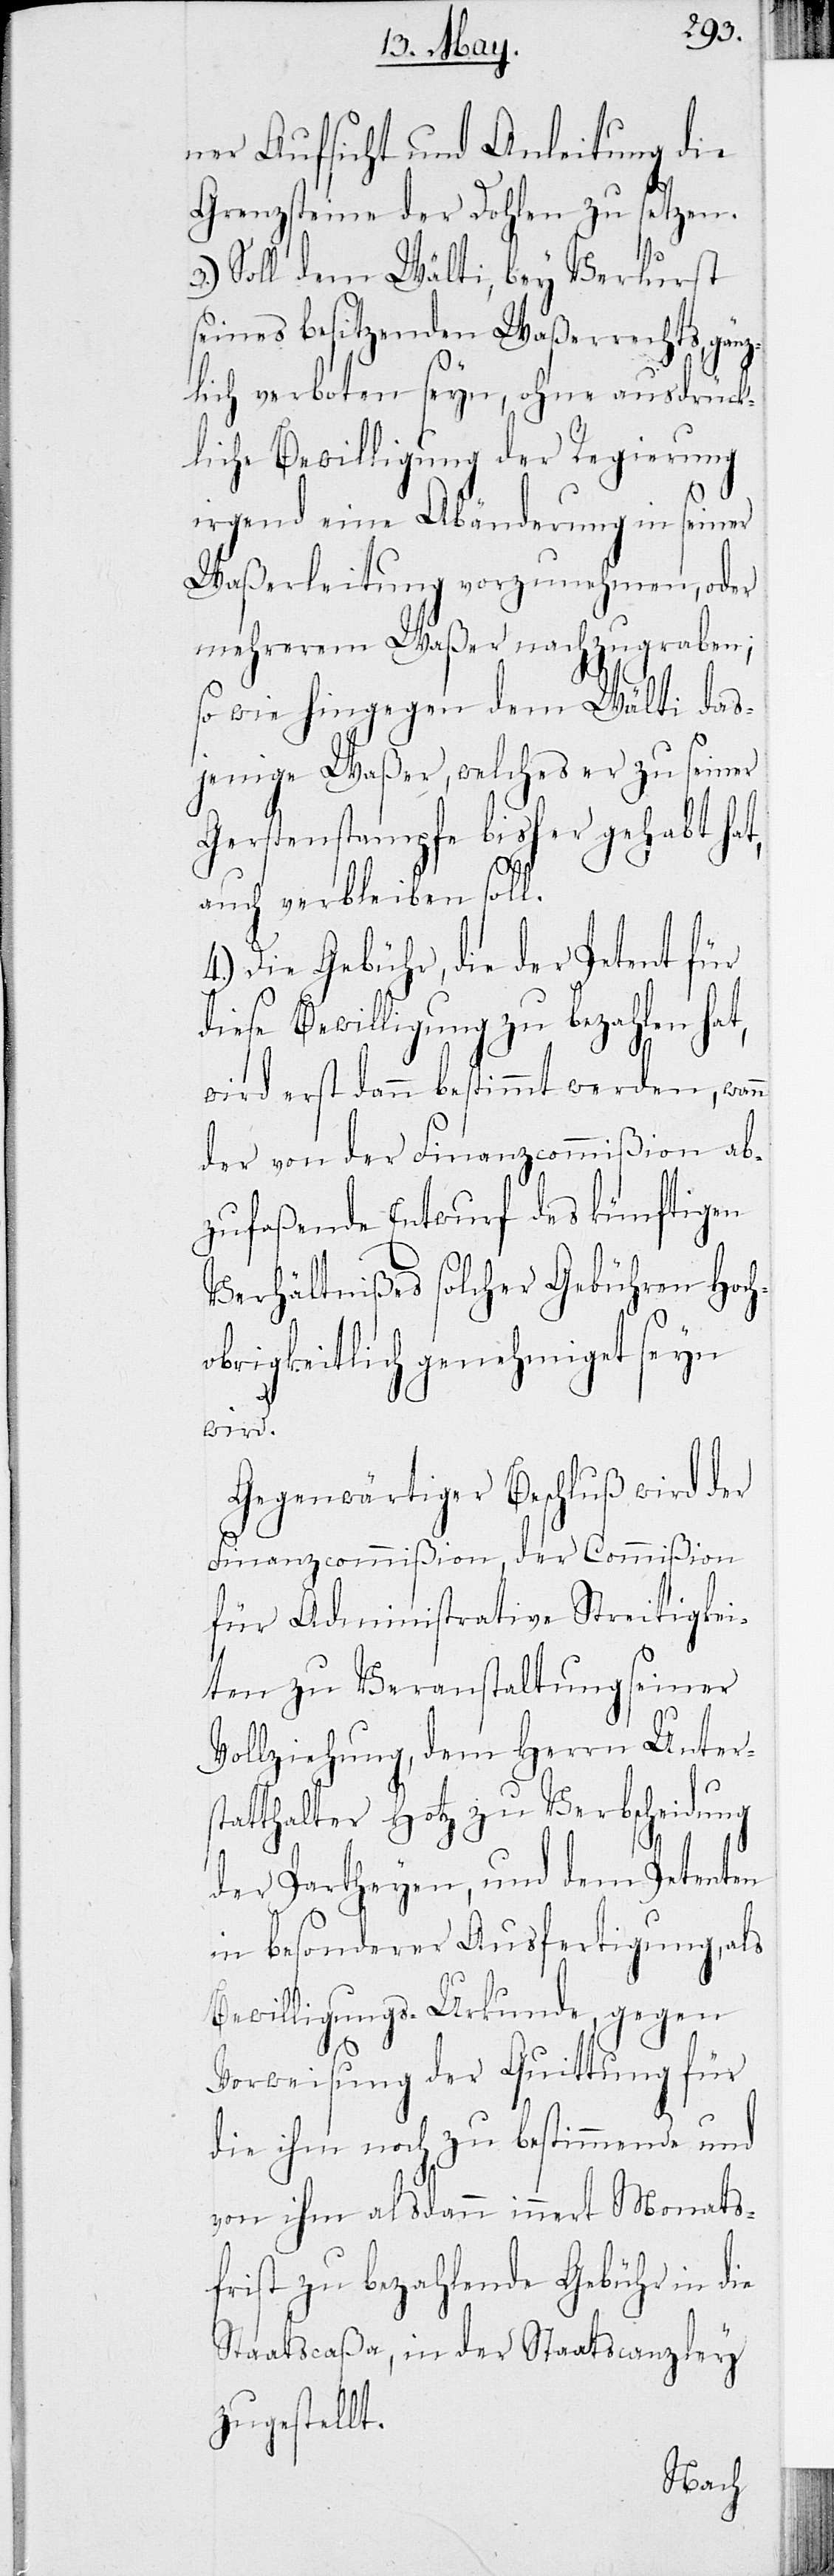
ner Aufsicht und Anleitung die
Grenzsteine der Dohlen zu setzen.
Soll dem Wälti, bey Verlust
seines besitzenden Waßerrechts, gänz¬
lich verboten seyn, ohne ausdrück¬
liche Bewilligung der Regierung
irgend eine Abänderung in seiner
Waßerleitung vorzunehmen, oder
mehrerem Waßer nachzugraben;
so wie hingegen dem Wälti das¬
jenige Waßer, welches er zu seiner
Gerstenstampfe bisher gehabt hat,
3.)
auch verbleiben soll.
4.) Die Gebühr, die der Patent für
diese Bewilligung zu bezahlen hat,
wird erst dann bestimmt werden, wann
der von der Finanzcommißion ab¬
zufaßende Entwurf des künftigen
Verhältnißes solcher Gebühren Hoch¬
obrigkeitlich genehmiget seyn
wird.
Gegenwärtiger Beschluß wird der
Finanzcommißion, der Commißion
für Administrative Streitigkei¬
ten zu Veranstaltung seiner
Vollziehung, dem Herrn Unters¬
tatthalter Hotz zu Verbscheidung
der Partheyen, und dem Petenten
in besonderer Ausfertigung, als
Bewilligungs-Urkunde gegen
Vorweisung der Quittung für
die ihm noch zu bestimmende und
von ihm alsdann innert Monats¬
frist zu bezahlende Gebühr in die
Staatscaßa, in der Staatscanzley
zugestellt.